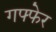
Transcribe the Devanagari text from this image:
गफ्फेर